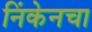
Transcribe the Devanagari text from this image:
निंकेनचा